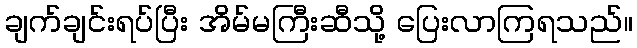
ချက်ချင်းရပ်ပြီး အိမ်မကြီးဆီသို့ ပြေးလာကြရသည်။